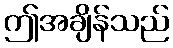
ဤအချိန်သည်